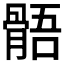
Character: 𩩑